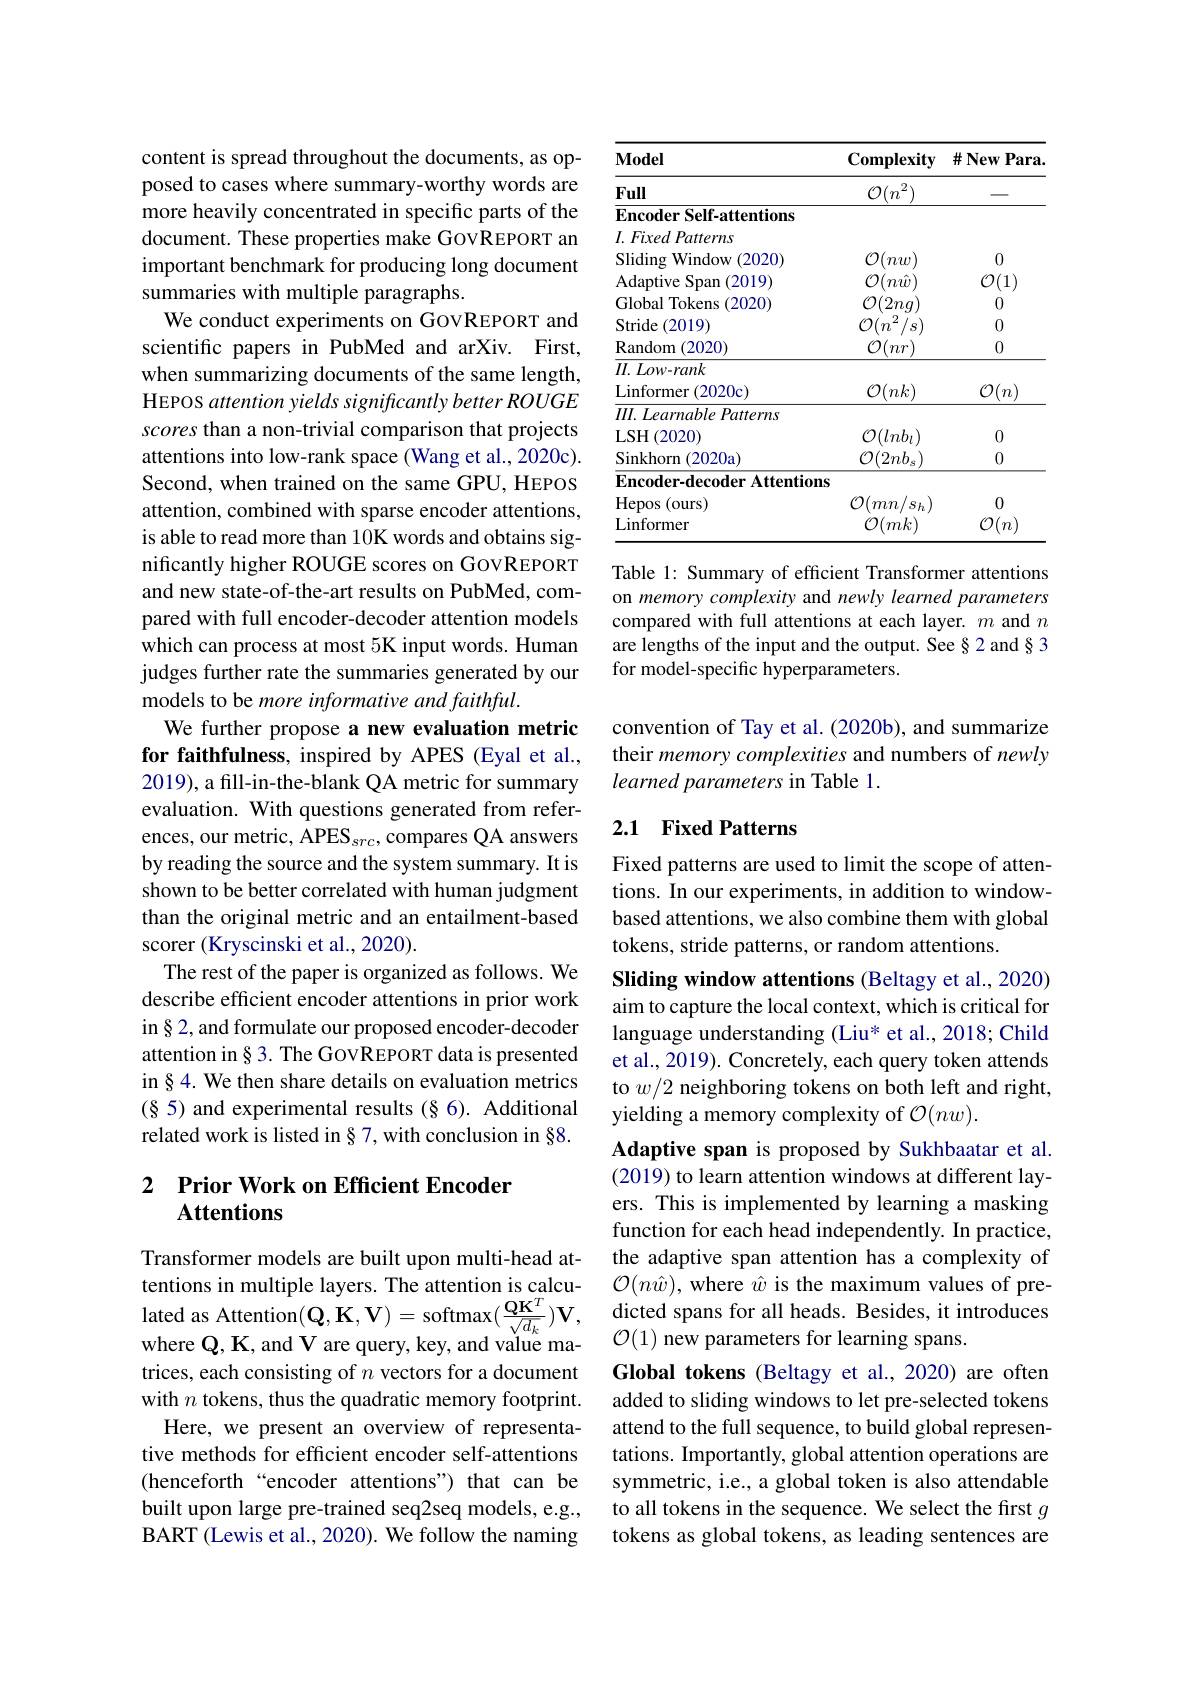
content is spread throughout the documents, as opposed to cases where summary-worthy words are more heavily concentrated in specific parts of the document. These properties make GovREPORT an important benchmark for producing long document summaries with multiple paragraphs.
We conduct experiments on GOVREPORT and scientific papers in PubMed and arXiv. First, when summarizing documents of the same length, HEPOS attention yields significantly better ROUGE scores than a non-trivial comparison that projects attentions into low-rank space (Wang et al., 2020c). Second, when trained on the same GPU, HEPOS attention, combined with sparse encoder attentions, is able to read more than 10K words and obtains significantly higher ROUGE scores on GOVREPORT and new state-of-the-art results on PubMed, compared with full encoder-decoder attention models which can process at most 5K input words. Human judges further rate the summaries generated by our models to be more informative and faithful.
We further propose a new evaluation metric for faithfulness, inspired by APES (Eyal et al., 2019), a fill-in-the-blank QA metric for summary evaluation. With questions generated from references, our metric, APES$_src$, compares QA answers by reading the source and the system summary. It is shown to be better correlated with human judgment than the original metric and an entailment-based scorer (Kryscinski et al., 2020).
The rest of the paper is organized as follows. We describe efficient encoder attentions in prior work in§2, and formulate our proposed encoder-decoder attention in§ 3. The GovREPORT data is presented in§4. We then share details on evaluation metrics (85) and experimental results (§6). Additional related work is listed in§ 7, with conclusion in §8.

## 2 $\textbf{Prior Work on Efficient Encoder}$ Attentions

Transformer models are built upon multi-head attentions in multiple layers. The attention is calculated as Attention$(\mathbf{Q},\mathbf{K},\mathbf{V})=$softmax$(\frac{\mathbf{Q}\mathbf{K}^{T}}{\sqrt{d_{k}}})\mathbf{V}$, where $\mathbb{Q},\mathbb{K}$, and V are query, key, and value matrices, each consisting of $n$ vectors for a document with $n$ tokens, thus the quadratic memory footprint.
Here, we present an overview of representative methods for efficient encoder self-attentions (henceforth“encoder attentions") that can be built upon large pre-trained seq2seq models, e.g., BART (Lewis et al., 2020). We follow the naming

<table>
	<tbody>
		<tr>
			<th>$\mathbf{Model}$</th>
			<th>$\mathbf{Complexity}$</th>
			<th>$\#New$ $Para.$</th>
		</tr>
		<tr>
			<td>Full</td>
			<td>$\mathcal{O}(n^{2})$</td>
			<td>.</td>
		</tr>
		<tr>
			<td>$\mathbf{EncoderSelf-attentions}$</td>
			<td> </td>
			<td> </td>
		</tr>
		<tr>
			<td>$I.$ Fixed Patterns</td>
			<td> </td>
			<td> </td>
		</tr>
		<tr>
			<td>Sliding Window (2020)</td>
			<td>$\mathcal{O}(nw$</td>
			<td>0</td>
		</tr>
		<tr>
			<td>Adaptive ${\mathrm{s}}{\mathrm{Span}}$ (2019)</td>
			<td>$\mathcal{O}(n\hat{w}$</td>
			<td>$\mathcal{O}(1)$</td>
		</tr>
		<tr>
			<td>Global Tokens (2020)</td>
			<td>$\mathcal{O}(2ng$</td>
			<td>0</td>
		</tr>
		<tr>
			<td>Stride :(2019)</td>
			<td>$\mathcal{O}($ 2 $(n$ $u$</td>
			<td>0</td>
		</tr>
		<tr>
			<td>Random 1 (2020)</td>
			<td>$\mathcal{O}($ $nr$</td>
			<td>0</td>
		</tr>
		<tr>
			<td>$II.Low-rank$</td>
			<td> </td>
			<td> </td>
		</tr>
		<tr>
			<td>Linformer (2020c)</td>
			<td>$\mathcal{O}(nk)$</td>
			<td>$\mathcal{O}(n)$</td>
		</tr>
		<tr>
			<td>$III. \textit{Learnable Patterns}$</td>
			<td> </td>
			<td> </td>
		</tr>
		<tr>
			<td>LSH(2020)</td>
			<td>$\mathcal{O}(lnb_{l})$</td>
			<td>0</td>
		</tr>
		<tr>
			<td>Sinkhorn (2020a</td>
			<td>$\mathcal{O}(2nb_{s}$</td>
			<td>0</td>
		</tr>
		<tr>
			<td>Encoder-decoder Attention</td>
			<td>$lS$</td>
			<td> </td>
		</tr>
		<tr>
			<td>$\operatorname{Hepos}($ (ours)</td>
			<td>(2) $mn$ $Sh$</td>
			<td>0</td>
		</tr>
		<tr>
			<td>Linformer</td>
			<td>$\mathcal{O}($ $^{'}mk$</td>
			<td>$\mathcal{O}(n$</td>
		</tr>
	</tbody>
</table>

Table 1: Summary of efficient Transformer attentions on memory complexity and newly learned parameters compared with full attentions at each layer. $m$ and $n$ are lengths of the input and the output. See §2 and § 3 for model-specific hyperparameters.

convention of Tay et al. (2020b), and summarize their memory complexities and numbers of newly learned parameters in Table 1.

## 2.1 Fixed Patterns

Fixed patterns are used to limit the scope of attentions. In our experiments, in addition to windowbased attentions, we also combine them with global tokens, stride patterns, or random attentions.

Sliding window attentions (Beltagy et al., 2020) aim to capture the local context, which is critical for language understanding (Liu* et al., 2018; Child et al., 2019). Concretely, each query token attends to $w/2$ neighboring tokens on both left and right, yielding a memory complexity of $\mathcal{O}(nw).$
Adaptive span is proposed by Sukhbaatar et al. (2019) to learn attention windows at different layers. This is implemented by learning a masking function for each head independently. In practice, the adaptive span attention has a complexity of $\mathcal{O}(n\hat{w})$,where $\hat{w}$ is the maximum values of predicted spans for all heads. Besides, it introduces $\mathcal{O}(1)$ new parameters for learning spans.
Global tokens (Beltagy et al., 2020) are often added to sliding windows to let pre-selected tokens attend to the full sequence, to build global representations. Importantly, global attention operations are symmetric, i.e., a global token is also attendable to all tokens in the sequence. We select the first $g$ tokens as global tokens, as leading sentences are